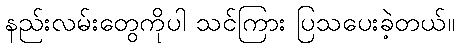
နည်းလမ်းတွေကိုပါ သင်ကြား ပြသပေးခဲ့တယ်။